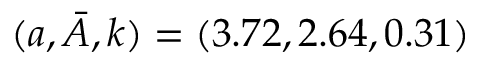
( a , \Bar { A } , k ) = ( 3 . 7 2 , 2 . 6 4 , 0 . 3 1 )